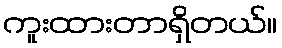
ကူးထားတာရှိတယ်။